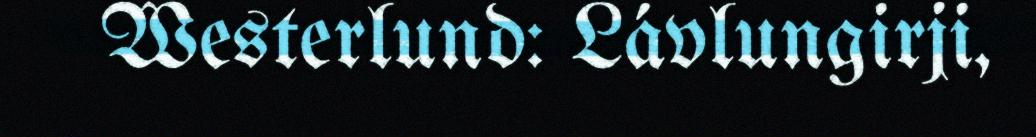
Westerlund: Lávlungirji,